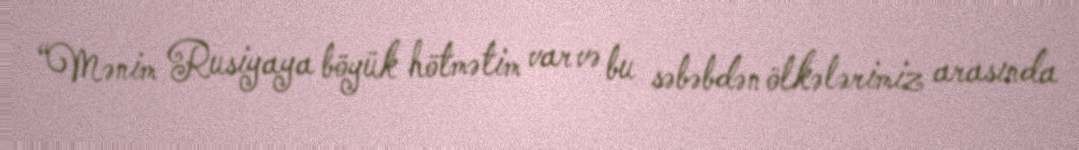
“Mənim Rusiyaya böyük hötmətim var və bu səbəbdən ölkələrimiz arasında